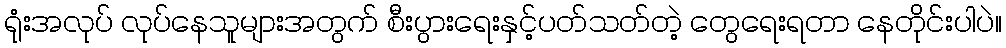
ရုံးအလုပ် လုပ်နေသူများအတွက် စီးပွားရေးနှင့်ပတ်သတ်တဲ့ တွေရေးရတာ နေတိုင်းပါပဲ။